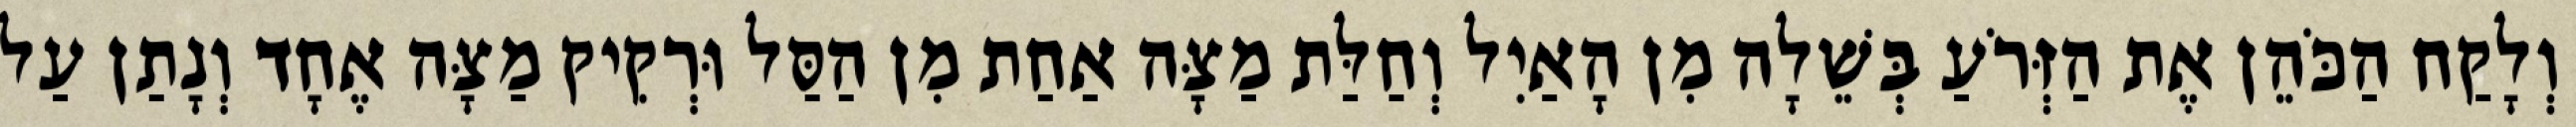
וְלָקַח הַכֹּהֵן אֶת הַזְּרֹעַ בְּשֵׁלָה מִן הָאַיִל וְחַלַּת מַצָּה אַחַת מִן הַסַּל וּרְקִיק מַצָּה אֶחָד וְנָתַן עַל